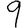
Digit: 9